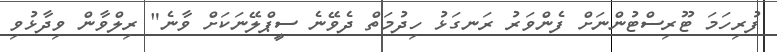
ފުރިހަމަ ޓޫރިސްޓުންނަށް ފެންވަރު ރަނގަޅު ހިދުމަތް ދެވޭނެ ސީޕްލޭނަކަށް ވާނެ" ރިލްވާން ވިދާޅުވި